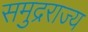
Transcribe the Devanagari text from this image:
समुद्रराज्य